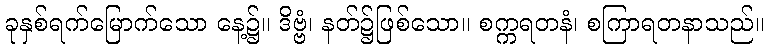
ခုနှစ်ရက်မြောက်သော နေ့၌။ ဒိဗ္ဗံ၊ နတ်၌ဖြစ်သော။ စက္ကရတနံ၊ စကြာရတနာသည်။